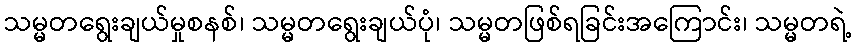
သမ္မတရွေးချယ်မှုစနစ်၊ သမ္မတရွေးချယ်ပုံ၊ သမ္မတဖြစ်ရခြင်းအကြောင်း၊ သမ္မတရဲ့